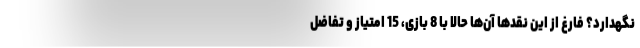
نگهدارد؟ فارغ از این نقدها آن‌ها حالا با 8 بازی، 15 امتیاز و تفاضل